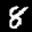
Label: 8